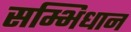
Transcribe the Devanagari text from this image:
सम्भिधान